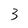
Character: 3